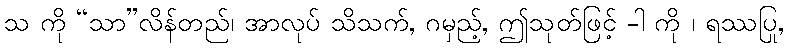
သ ကို “သာ”လိန်တည်၊ အာလုပ် သိသက်, ဂမှည့်, ဤသုတ်ဖြင့် -ါ ကို ၊ ရဿပြု,